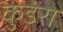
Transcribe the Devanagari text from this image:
कुडंरा